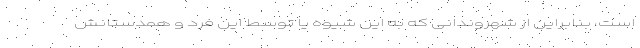
است، بنابراین از شهروندانی که به این شیوه یا توسط این فرد و همدستانش